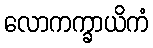
လောကက္ခာယိကံ